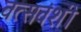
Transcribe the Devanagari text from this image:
वत्सवंशी